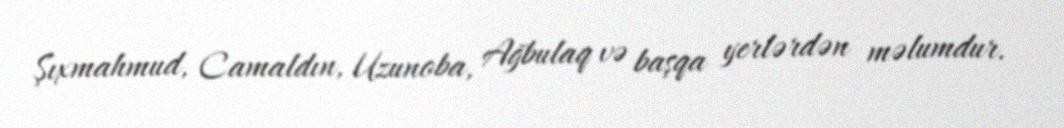
Şıxmahmud, Camaldın, Uzunoba, Ağbulaq və başqa yerlərdən məlumdur.